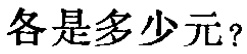
各是多少元？